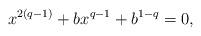
LaTeX: \begin{align*}x^{2(q-1)}+bx^{q-1}+b^{1-q}=0,\end{align*}